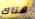
هناك